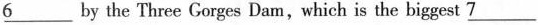
\underline{6} by the Three Gorges Dam,which is the biggest \underline{7}